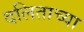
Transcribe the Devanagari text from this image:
दलिताच्या